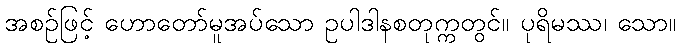
အစဉ်ဖြင့် ဟောတော်မူအပ်သော ဥပါဒါနစတုက္ကတွင်။ ပုရိမဿ၊ သော။